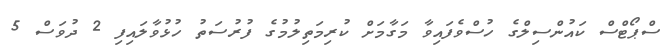
ސްޕޯޓްސް ކައުންސިލްގެ ހުސްވެފައިވާ މަގާމަށް ކުރިމަތިލުމުގެ ފުރުސަތު ހުޅުވާލައިފި 2 ދުވަސް 5